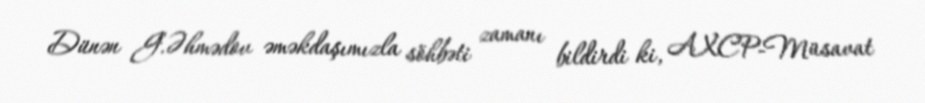
Dünən G.Əhmədov əməkdaşımızla söhbəti zamanı bildirdi ki, AXCP-Müsavat